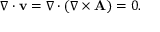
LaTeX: \nabla \cdot \mathbf { v } = \nabla \cdot ( \nabla \times \mathbf { A } ) = 0 .